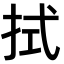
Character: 拭